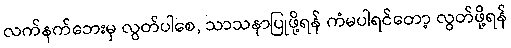
လက်နက်ဘေးမှ လွတ်ပါစေ, သာသနာပြုဖို့ရန် ကံမပါရင်တော့ လွတ်ဖို့ရန်